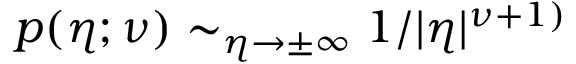
p ( \eta ; \nu ) \sim _ { \eta \to \pm \infty } 1 / \vert \eta \vert ^ { \nu + 1 ) }